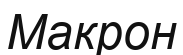
Макрон